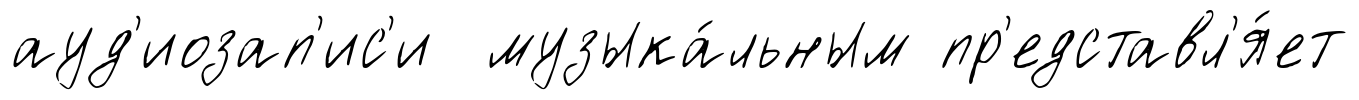
ауд'иозап'ис'и музыка́льным пр'едставл'я́ет